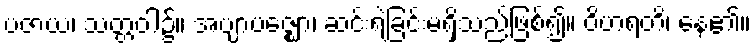
ပဇာယ၊ သတ္တဝါ၌။ အဗျာပဇ္ဈော၊ ဆင်းရဲခြင်းမရှိသည်ဖြစ်၍။ ဝိဟရတိ၊ နေ၏။